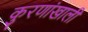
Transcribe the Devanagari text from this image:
कुरणांखाली